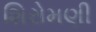
શિરોમણી